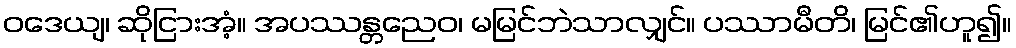
ဝဒေယျ၊ ဆိုငြားအံ့။ အပဿန္တညေဝ၊ မမြင်ဘဲသာလျှင်။ ပဿာမီတိ၊ မြင်၏ဟူ၍။